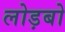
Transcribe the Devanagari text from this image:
लोड़बो